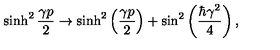
\sinh ^ { 2 } \frac { \gamma p } { 2 } \rightarrow \sinh ^ { 2 } \left( \frac { \gamma p } { 2 } \right) + \sin ^ { 2 } \left( \frac { \hbar \gamma ^ { 2 } } { 4 } \right) ,